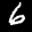
Label: 6